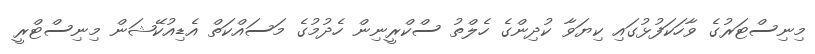
މިނިސްޓަރުގެ ވާހަކަފުޅުގައި ކިޔަވާ ކުދިންގެ ހެލްތު ސްކްރީނިން ހެދުމުގެ މަސައްކަތް އެޑިއުކޭޝަން މިނިސްޓްރީ